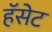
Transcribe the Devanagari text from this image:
हॅसेट